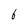
Character: 6